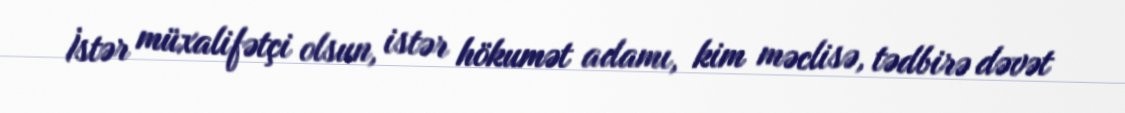
İstər müxalifətçi olsun, istər hökumət adamı, kim məclisə, tədbirə dəvət